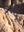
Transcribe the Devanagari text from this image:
प्रेग्यू